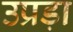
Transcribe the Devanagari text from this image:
उप्रड़ा